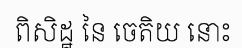
ពិសិដ្ឋ នៃ ចេតិយ នោះ